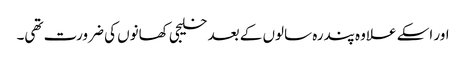
اور اسکے علاوہ پندرہ سالوں کے بعد خلیجی کھانوں کی ضرورت تھی۔